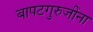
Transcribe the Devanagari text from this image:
बापटगुरुजींना